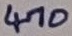
Text: 470